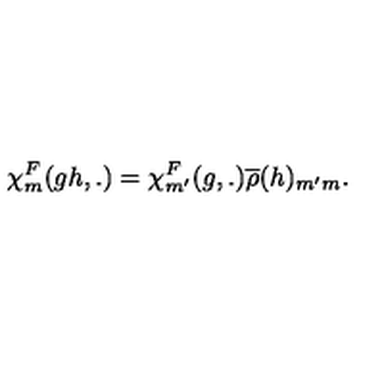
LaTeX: { \chi } _ { m } ^ { F } ( g h , . ) = { \chi } _ { m ^ { \prime } } ^ { F } ( g , . ) \overline { { \rho } } ( h ) _ { m ^ { \prime } m } .